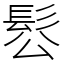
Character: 䯳